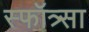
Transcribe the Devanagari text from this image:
स्फॉत्र्सा